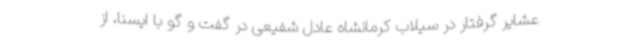
عشایر گرفتار در سیلاب کرمانشاه عادل شفیعی در گفت و گو با ایسنا، از